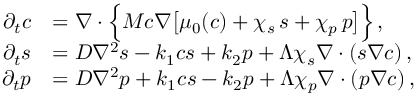
\begin{array} { r l } { \partial _ { t } c } & { = \boldsymbol \nabla \cdot \Bigl \{ M c \boldsymbol \nabla \bigl [ \mu _ { 0 } ( c ) + \chi _ { s } \, s + \chi _ { p } \, p \bigr ] \Bigr \} \, , } \\ { \partial _ { t } s } & { = D \nabla ^ { 2 } s - k _ { 1 } c s + k _ { 2 } p + \Lambda \chi _ { s } \boldsymbol \nabla \cdot ( s \boldsymbol \nabla c ) \, , } \\ { \partial _ { t } p } & { = D \nabla ^ { 2 } p + k _ { 1 } c s - k _ { 2 } p + \Lambda \chi _ { p } \boldsymbol \nabla \cdot ( p \boldsymbol \nabla c ) \, , } \end{array}